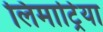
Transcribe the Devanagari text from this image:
लिमाट्रिया